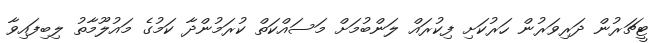
ޓީޗަރުން ދަރިވަރުން ހަރުކަށި ފިކުރައް ލަންބުމަށް މަސައްކަތް ކުރަމުންދާ ކަމުގެ މައުލޫމާތު ލިބިފައިވާ